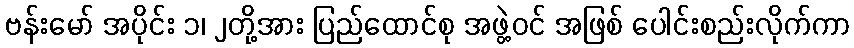
ဗန်းမော် အပိုင်း ၁၊ ၂တို့အား ပြည်ထောင်စု အဖွဲ့ဝင် အဖြစ် ပေါင်းစည်းလိုက်ကာ